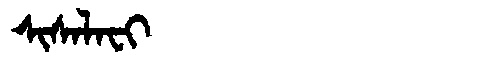
Manchu: ᠰᡳᠰᠠᠯᠠᠸᡳ
Romanization: SISALAFI